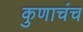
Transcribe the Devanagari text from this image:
कुणाचंच